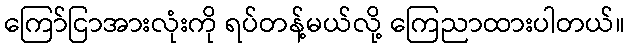
ကြော်ငြာအားလုံးကို ရပ်တန့်မယ်လို့ ကြေညာထားပါတယ်။